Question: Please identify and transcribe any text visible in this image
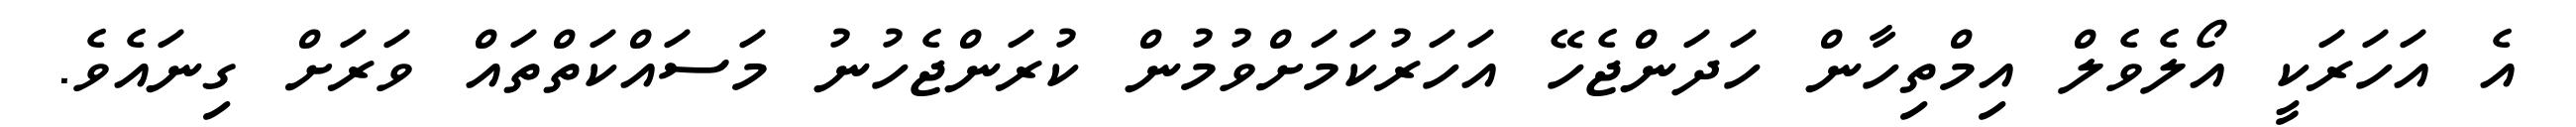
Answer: އެ އަހަރަކީ އޯލެވެލް އިމްތިހާން ހަދަންޖެހޭ އަހަރުކަމަށްވުމުން ކުރަންޖެހުނު މަސައްކަތްތައް ވަރަށް ގިނައެވެ.